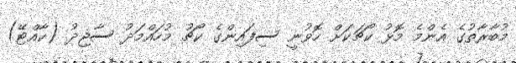
މުބާރާތުގެ އެންމެ މޮޅު ކޯޗަކަށް ހޮވުނީ ސިފައިންގެ ކޯޗު މުހައްމަދު ސާޖިދު (ކާއްޓޭ)